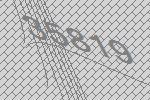
35819